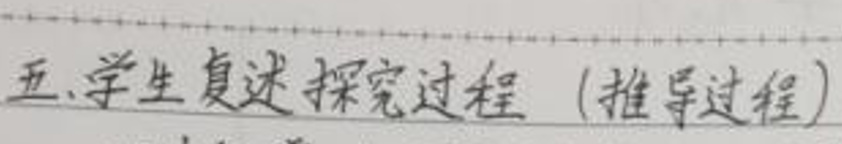
五、学生复述探究过程（推导过程）